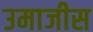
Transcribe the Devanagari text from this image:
उमाजीस